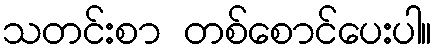
သတင်းစာ တစ်စောင်ပေးပါ။